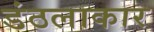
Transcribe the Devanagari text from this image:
डंठलाकार